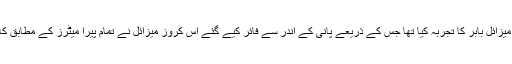
یاد رہے کہ پاکستان نے 29 مارچ کو سب میرین لانچ کروز میزائل بابر کا تجربہ کیا تھا جس کے ذریعے پانی کے اندر سے فائر کیے گئے اس کروز میزائل نے تمام پیرا میٹرز کے مطابق کامیابی کے ساتھ خشکی پر موجود اپنے ہدف کو نشانہ بنایا تھا۔